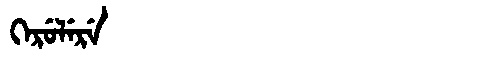
Manchu: ᡴᡝᡵᡠᠯᡝᡵᡝ
Romanization: KERULERE